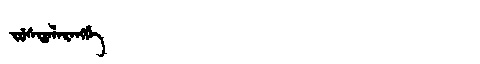
Manchu: ᠵᡠᠰᡨᠠᠯᠠᡵᠠᠩᡤᡝ
Romanization: JUSTALARANGGE